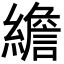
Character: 𦅼